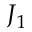
J _ { 1 }